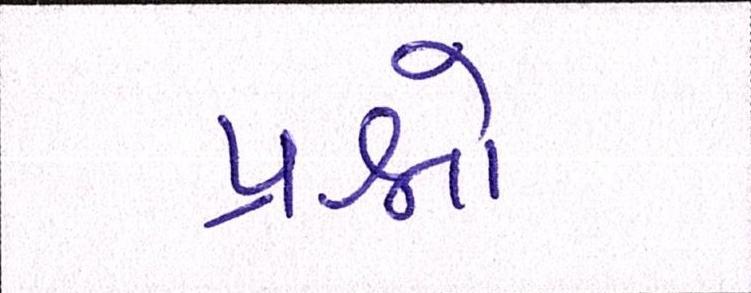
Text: પ્રશ્નનો